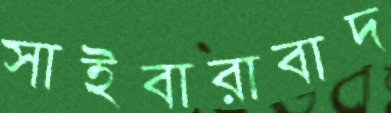
সাইবারাবাদ